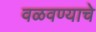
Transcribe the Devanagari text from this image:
वळवण्याचे